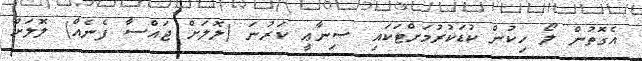
އެގޮތުން ލޯ ހިކުން ކުޑަކުރުމަށްޓަކައި ޞިނާޢީ ކަރުނަ (ލޮލަށް ޖައްސާ ފެނެއް) ލޮލަށް